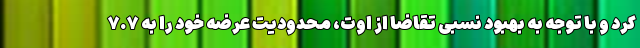
کرد و با توجه به بهبود نسبی تقاضا از اوت، محدودیت عرضه خود را به ۷.۷